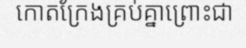
កោតក្រែងគ្រប់គ្នាព្រោះជា